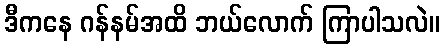
ဒီကနေ ဂန်နမ်အထိ ဘယ်လောက် ကြာပါသလဲ။